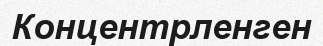
Концентрленген